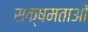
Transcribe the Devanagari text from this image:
सक्षमताओं